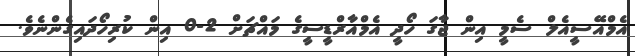
އެމްއޭސީއެލް ސެމީ އިން ޖާގަ ހޯދީ އެމްއާރްޑީސީގެ މައްޗަށް 2-0 އިން ކުރިހޯދައިގެންނެވެ.